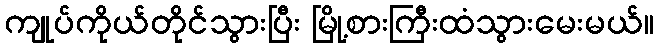
ကျုပ်ကိုယ်တိုင်သွားပြီး မြို့စားကြီးထံသွားမေးမယ်။